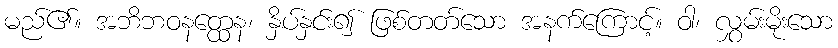
မည်၏။ အဘိဘဝနတ္ထေန၊ နှိပ်နှင်း၍ ဖြစ်တတ်သော အနက်ကြောင့်။ ဝါ၊ လွှမ်းမိုးသော